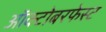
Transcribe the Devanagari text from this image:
ऑक्टोबरफेस्ट